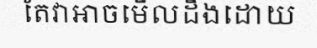
តែវាអាចមើលដឹងដោយ